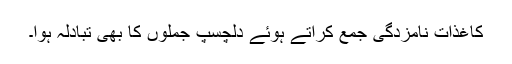
کاغذات نامزدگی جمع کراتے ہوئے دلچسپ جملوں کا بھی تبادلہ ہوا۔